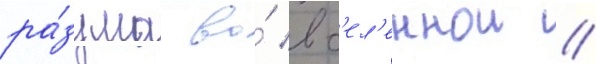
ра́зума во́ вс'ел'еннои //